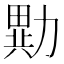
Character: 𭅂